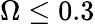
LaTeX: \Omega\le 0.3